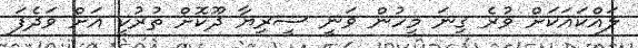
ލައްކައަކަށް ވުރެ ގިނަ މީހުން ވަނީ ސީރިޔާ ދޫކޮށް ތުރުކީ އަށް ވަދެފަ